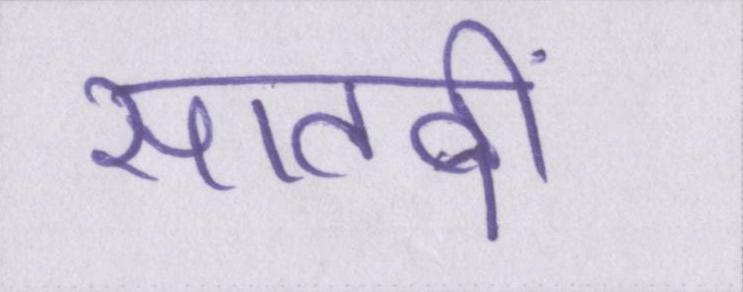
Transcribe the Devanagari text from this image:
सातवीं